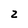
Character: 2